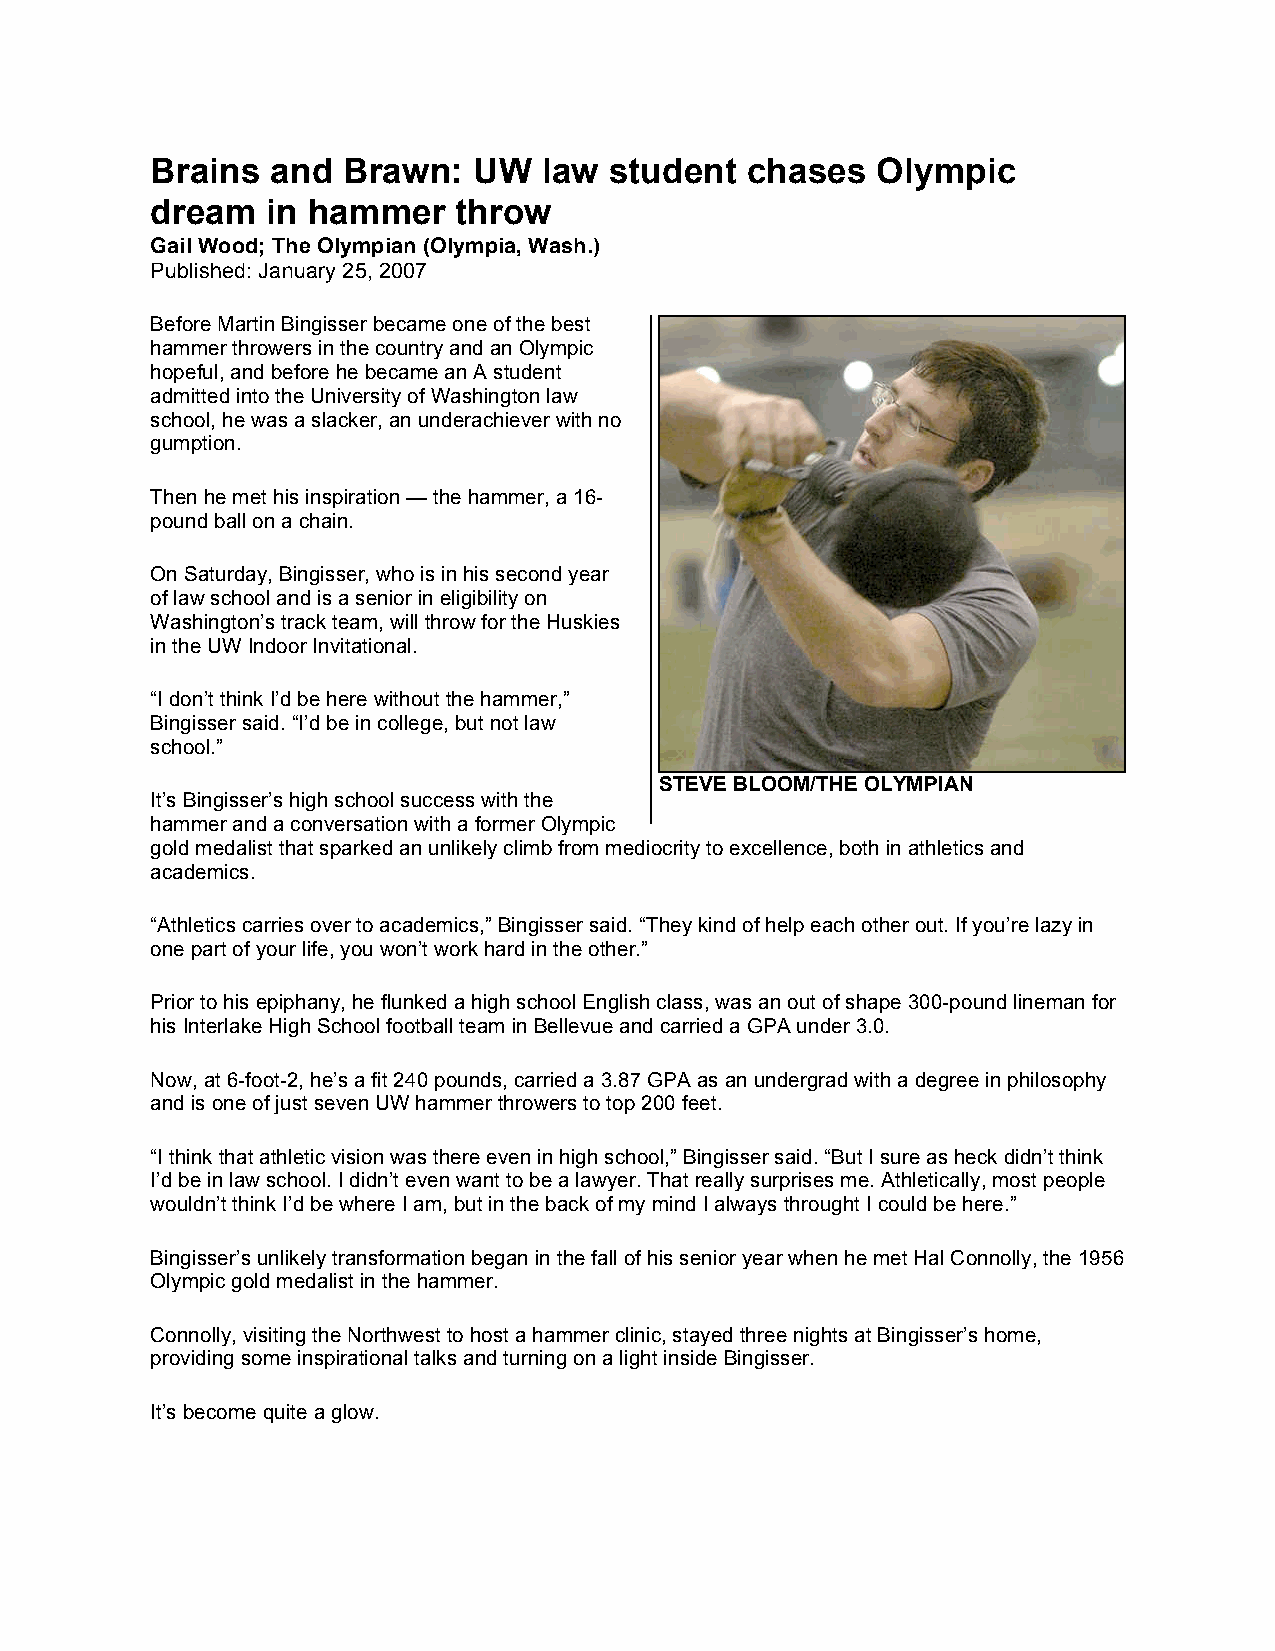
Brains  and  Brawn:  UW   law student  chases   Olympic
 dream   in hammer   throw
 Gail Wood; The Olympian (Olympia, Wash.)
 Published: January 25, 2007
 Before Martin Bingisser became one of the best
 hammer throwers in the country and an Olympic
 hopeful, and before he became an A student
 admitted into the University of Washington law
 school, he was a slacker, an underachiever with no
 gumption.
 Then he met his inspiration — the hammer, a 16-
 pound ball on a chain.
 On Saturday, Bingisser, who is in his second year
 of law school and is a senior in eligibility on
 Washington’s track team, will throw for the Huskies
 in the UW Indoor Invitational.
 “I don’t think I’d be here without the hammer,”
 Bingisser said. “I’d be in college, but not law
 school.”
 STEVE BLOOM/THE OLYMPIAN
 It’s Bingisser’s high school success with the
 hammer and a conversation with a former Olympic
 gold medalist that sparked an unlikely climb from mediocrity to excellence, both in athletics and
 academics.
 “Athletics carries over to academics,” Bingisser said. “They kind of help each other out. If you’re lazy in
 one part of your life, you won’t work hard in the other.”
 Prior to his epiphany, he flunked a high school English class, was an out of shape 300-pound lineman for
 his Interlake High School football team in Bellevue and carried a GPA under 3.0.
 Now, at 6-foot-2, he’s a fit 240 pounds, carried a 3.87 GPA as an undergrad with a degree in philosophy
 and is one of just seven UW hammer throwers to top 200 feet.
 “I think that athletic vision was there even in high school,” Bingisser said. “But I sure as heck didn’t think
 I’d be in law school. I didn’t even want to be a lawyer. That really surprises me. Athletically, most people
 wouldn’t think I’d be where I am, but in the back of my mind I always throught I could be here.”
 Bingisser’s unlikely transformation began in the fall of his senior year when he met Hal Connolly, the 1956
 Olympic gold medalist in the hammer.
 Connolly, visiting the Northwest to host a hammer clinic, stayed three nights at Bingisser’s home,
 providing some inspirational talks and turning on a light inside Bingisser.
 It’s become quite a glow.